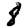
Digit: 8